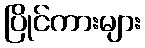
ပြိုင်ကားများ